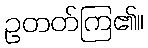
ဥတတ်ကြ၏။